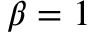
\beta = 1